Civil Veterinary Dept. Bombay admin report 1932-41 - 1932-1941
Year: 1932
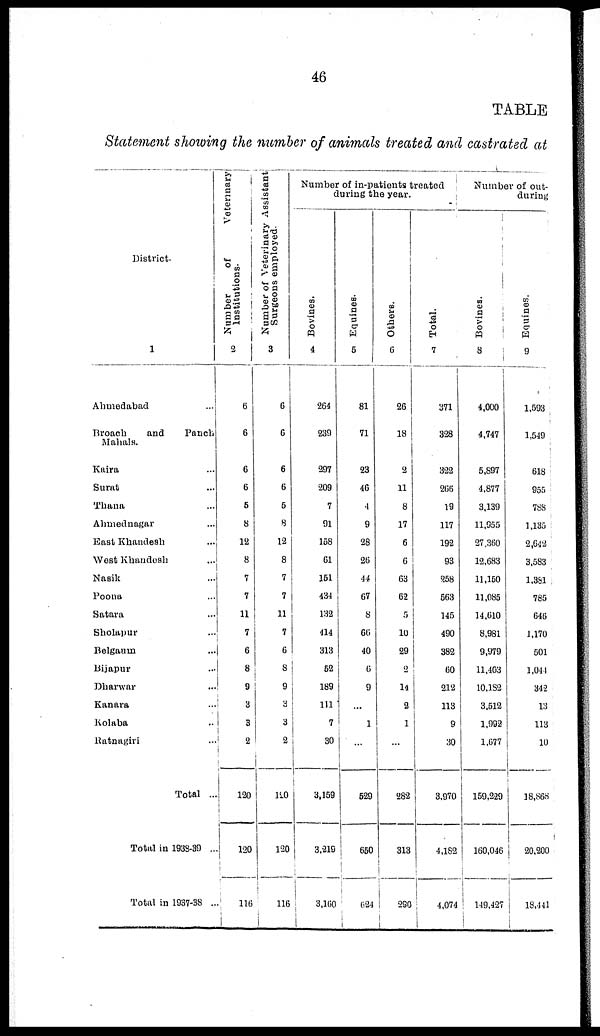
46
TABLE
Statement showing the number of animals treated and castrated at
District.
1
Ahmedabad ...
Broach
and
Panch
Mahals.
Kaira ...
Surat ...
Thana ...
Ahmednagar ...
East Khandesh ...
West Khandesh ...
Nasik ...
Poona ...
Satara ...
Sholapur ...
Belgaum ...
Bijapur ...
Dharwar ...
Kanara ...
Kolaba ...
Ratnagiri ...
Total ...
Total in 1938-39 ...
Total in 1937-38 ...
Number of
Veterinary
Institutions.
2
6
6
6
6
5
8
12
8
7
7
11
7
6
8
9
3
3
2
120
120
116
Number of Veterinary Assistant
Surgeons
employed.
3
6
6
6
6
5
8
12
8
7
7
11
7
6
8
9
3
3
2
120
120
116
Number of in-patients treated
during the year.
Bovines.
4
264
239
297
209
7
91
158
61
151
434
132
414
313
52
189
111
7
30
3,159
3,218
3,160
Equines.
5
81
71
23
46
4
9
28
26
44
67
8
66
40
6
9
...
1
...
529
650
624
Others.
6
26
18
2
11
8
17
6
6
63
62
5
10
29
2
14
2
1
...
282
313
290
Total.
7
371
328
322
266
19
117
192
93
258
563
145
490
382
60
212
113
9
30
3,970
4,182
4,074
Number of out-
during
Bovines.
8
4,000
4,747
5,897
4,877
3,139
11,955
27,360
12,683
11,150
11,085
14,610
8,981
9,979
11,403
10,182
3,512
1,992
1,677
159,229
160,046
149,427
Equines.
9
1,593
1,549
618
955
788
1,135
2,642
3,583
1,381
785
646
1,170
501
1,044
342
13
113
10
18,868
20,200
18,441